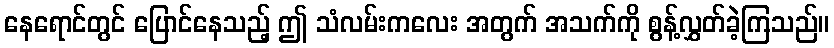
နေရောင်တွင် ပြောင်နေသည့် ဤ သံလမ်းကလေး အတွက် အသက်ကို စွန့်လွှတ်ခဲ့ကြသည်။